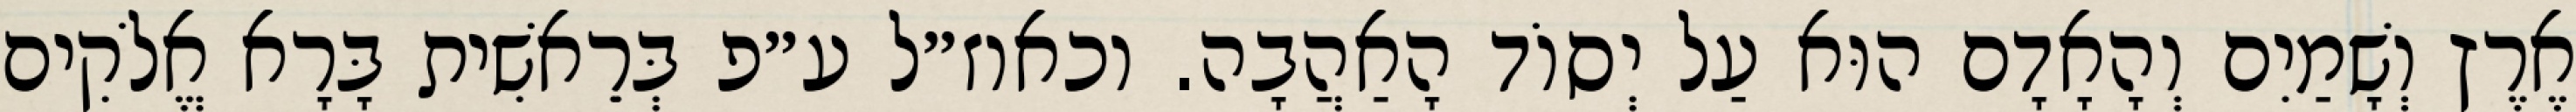
אֶרֶץ וְשָׁמַיִם וְהָאָדָם הוּא עַל יְסוֹד הָאַהֲבָה. וכאוז״ל ע״פ בְּרֵאשִׁית בָּרָא אֱלֹקִים